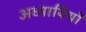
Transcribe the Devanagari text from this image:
अध्यायियों